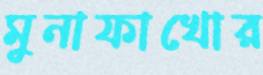
মুনাফাখোর